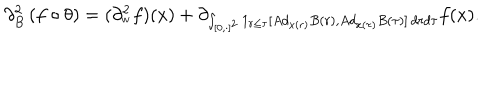
\partial _ { B } ^ { 2 } \left( f \circ \theta \right) = ( \partial _ { _ { w } } ^ { 2 } f ) ( x ) + \partial _ { \int _ { \lbrack 0 , \cdot ] ^ { 2 } } 1 _ { r \leq \tau } [ A d _ { x ( r ) } B ( r ) , A d _ { x ( \tau ) } B ( \tau ) ] \, d r d \tau } f ( x ) .